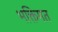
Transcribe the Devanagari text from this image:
भक्तिमत